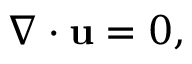
\nabla \cdot \mathbf { u } = 0 ,